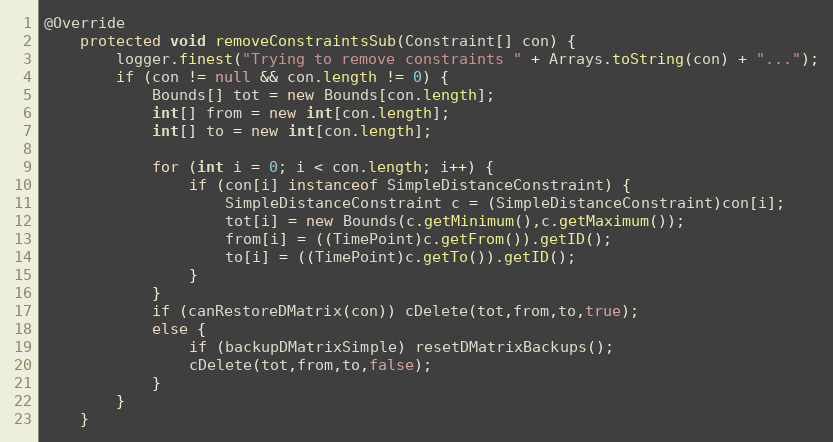
Language: Java
@Override
	protected void removeConstraintsSub(Constraint[] con) {
		logger.finest("Trying to remove constraints " + Arrays.toString(con) + "...");
		if (con != null && con.length != 0) {
			Bounds[] tot = new Bounds[con.length];
			int[] from = new int[con.length];
			int[] to = new int[con.length];

			for (int i = 0; i < con.length; i++) {
				if (con[i] instanceof SimpleDistanceConstraint) {
					SimpleDistanceConstraint c = (SimpleDistanceConstraint)con[i];
					tot[i] = new Bounds(c.getMinimum(),c.getMaximum());
					from[i] = ((TimePoint)c.getFrom()).getID();
					to[i] = ((TimePoint)c.getTo()).getID();
				}
			}
			if (canRestoreDMatrix(con)) cDelete(tot,from,to,true);
			else {
				if (backupDMatrixSimple) resetDMatrixBackups();
				cDelete(tot,from,to,false);
			}
		}
	}